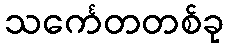
သင်္ကေတတစ်ခု